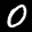
Label: 0